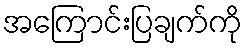
အကြောင်းပြချက်ကို